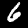
Label: 6